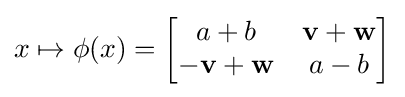
x\mapsto \phi (x)={\begin{bmatrix}a+b&\mathbf {v} +\mathbf {w} \\-\mathbf {v} +\mathbf {w} &a-b\end{bmatrix}}